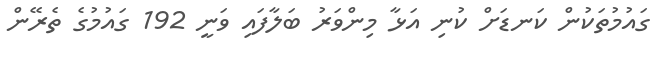
ގައުމުތަކުން ކަނޑަށް ކުނި އަޅާ މިންވަރު ބަލާފައި ވަނީ 192 ގައުމުގެ ތެރޭން